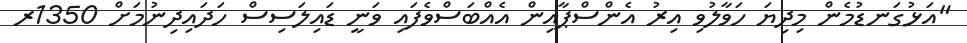
"އަޅުގަނޑުމެން މިދިޔަ ހަވާލުވި އިރު އެންސްޕާއިން އެއްބަސްވެފައި ވަނީ ޑައިލަސިސް ހަދައިދިނުމަށް 1350ރ